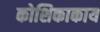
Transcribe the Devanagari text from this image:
कोशिकाकाय